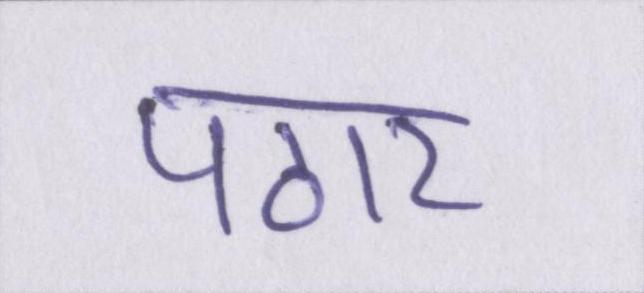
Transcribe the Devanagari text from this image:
पठार